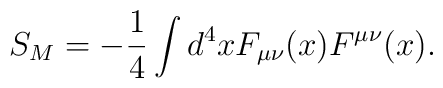
S_{M}=-\frac{1}{4}\int d^{4}x F_{\mu\nu}(x)F^{\mu\nu}(x).